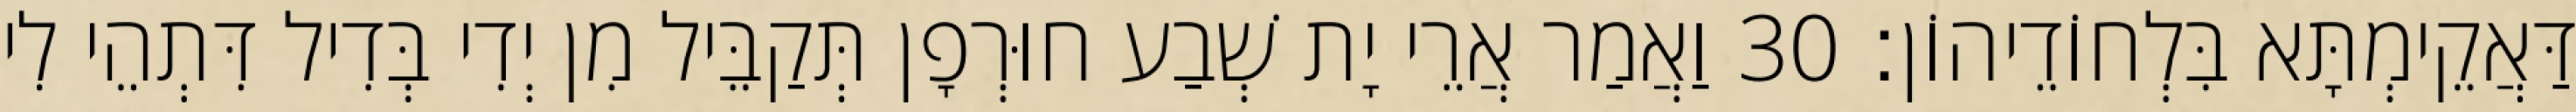
דַּאֲקֵימְתָּא בִּלְחוֹדֵיהוֹן׃ 30 וַאֲמַר אֲרֵי יָת שְׁבַע חוּרְפָן תְּקַבֵּיל מִן יְדִי בְּדִיל דִּתְהֵי לִי